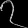
Digit: ၇